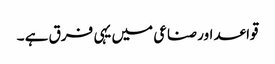
قواعد اور صناعی میں یہی فرق ہے ۔